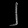
Digit: ၂